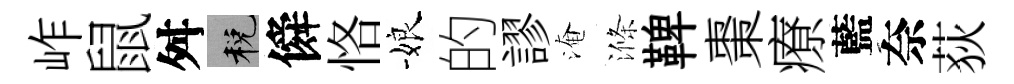
岞鼠舛税僢恪娘的謬淹滌鞞棗療藍奈荻